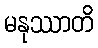
မနုဿာတိ